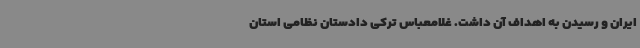
ایران و رسیدن به اهداف آن داشت. غلامعباس ترکی دادستان نظامی استان